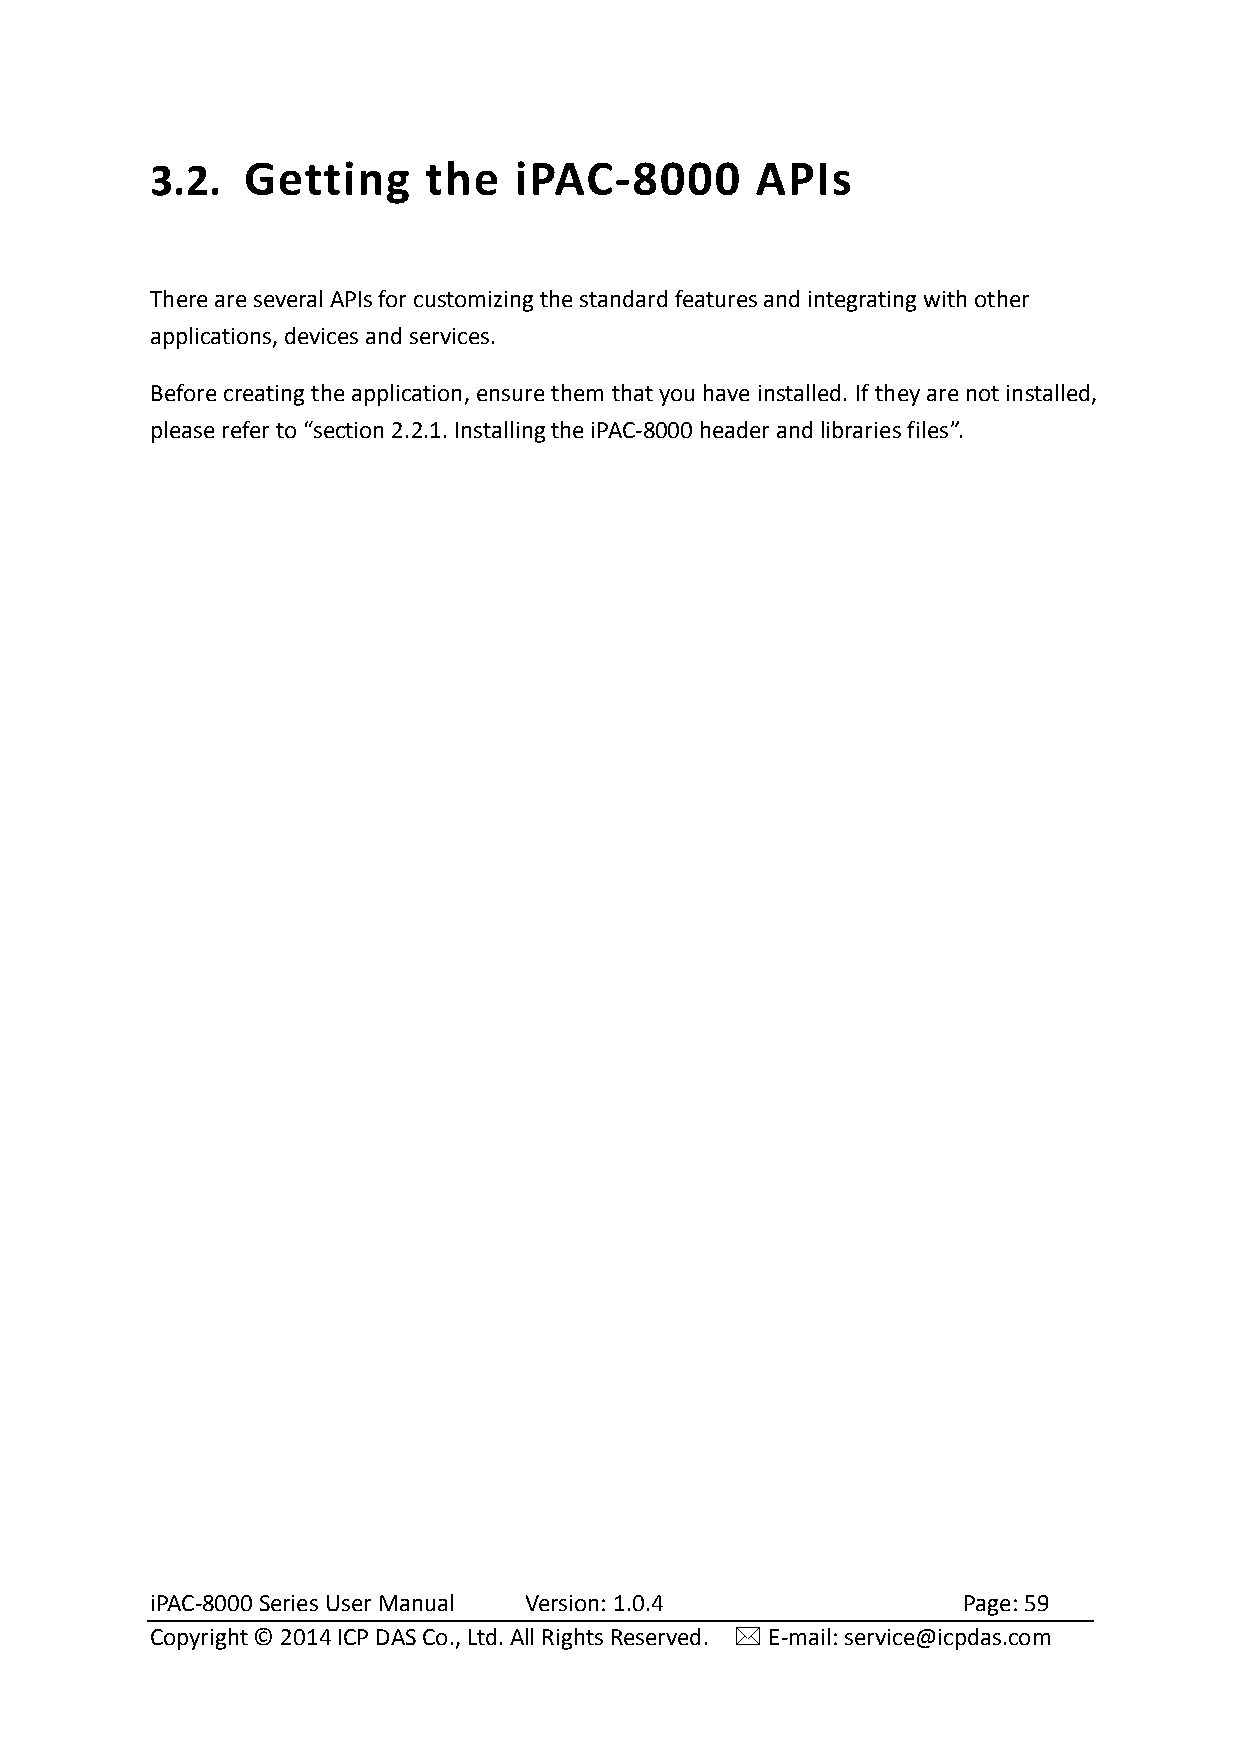
3.2.  Getting     the   iPAC-8000       APIs
 There are several APIs for customizing the standard features and integrating with other
 applications, devices and services.
 Before creating the application, ensure them that you have installed. If they are not installed,
 please refer to “section 2.2.1. Installing the iPAC-8000 header and libraries files”.
 iPAC-8000 Series User Manual Version: 1.0.4           Page: 59
 Copyright © 2014 ICP DAS Co., Ltd. All Rights Reserved.  E-mail: service@icpdas.com